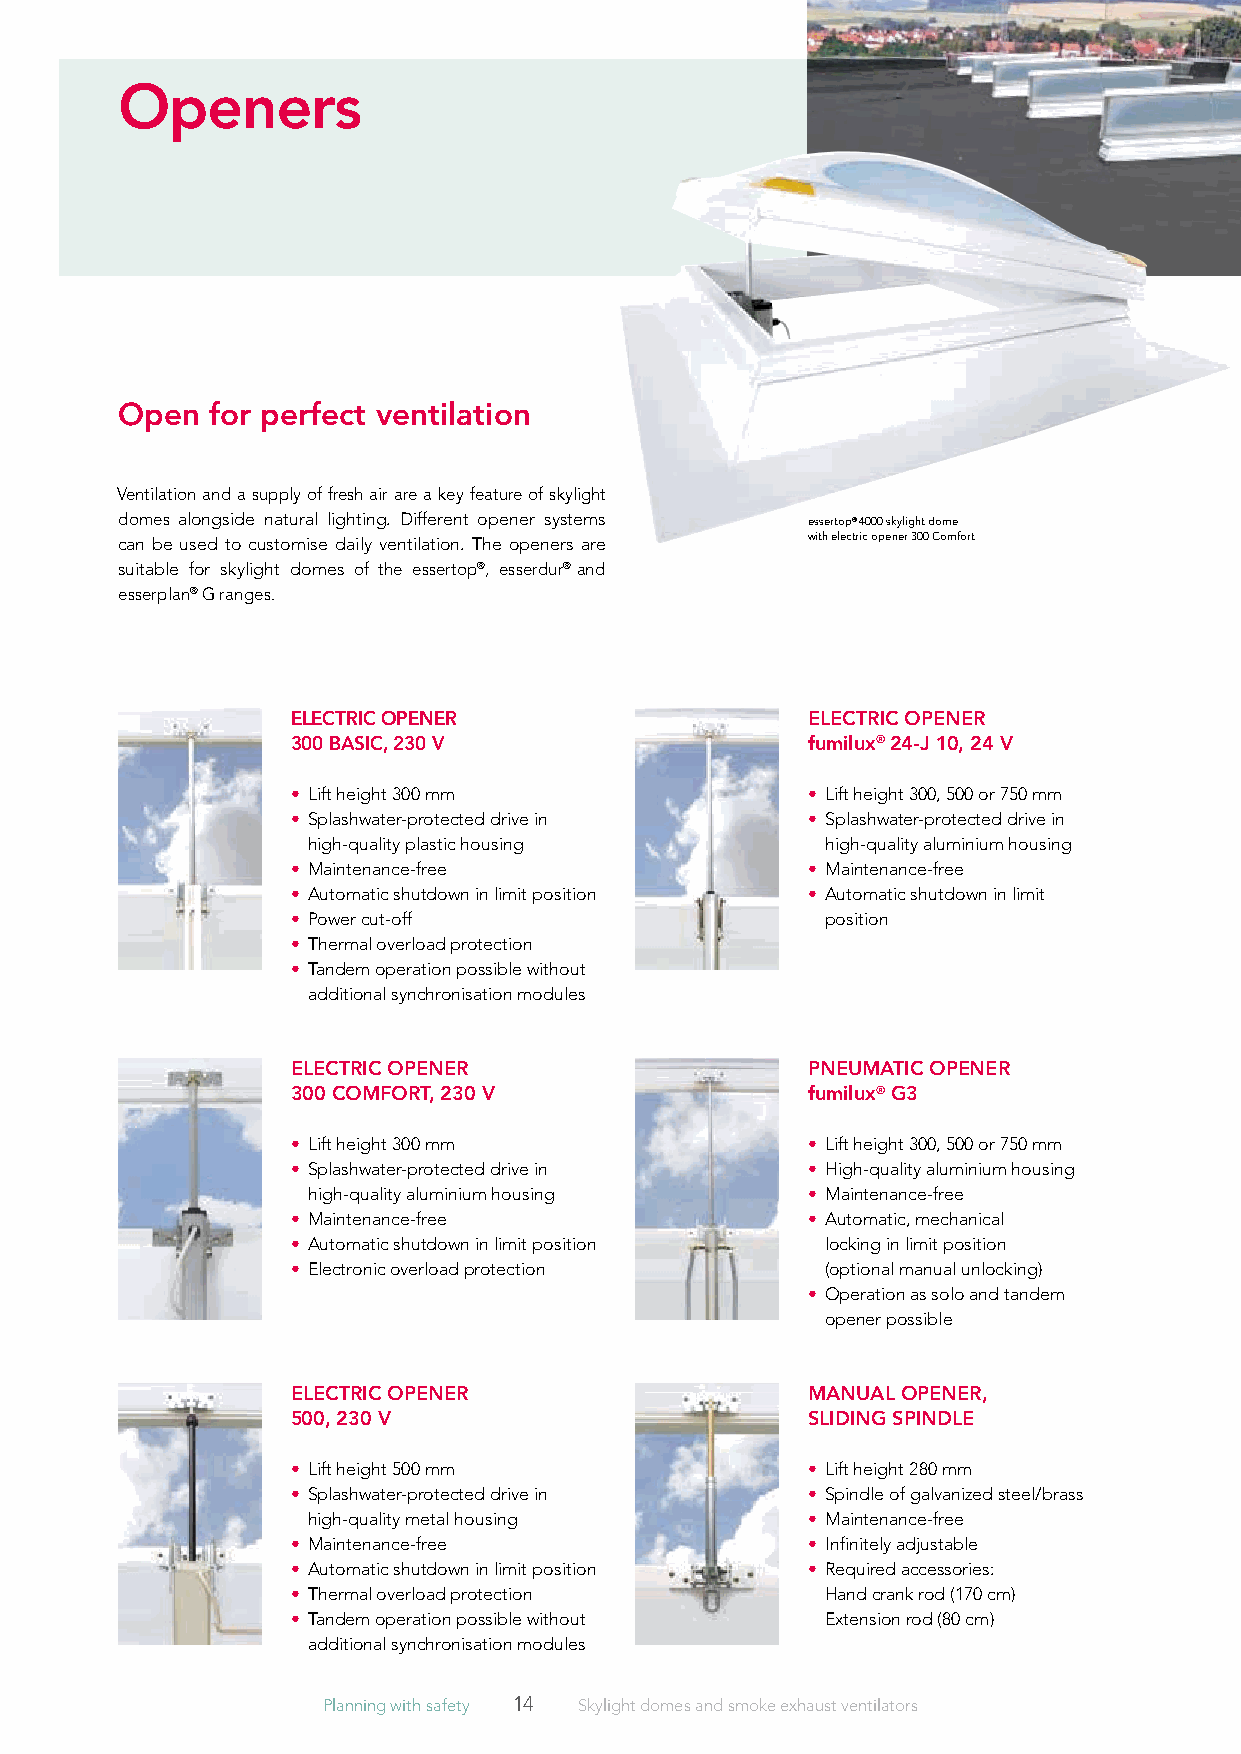
Openers
 Open  for perfect ventilation
 Ventilation and a supply of fresh air are a key feature of skylight
 domes alongside natural lighting. Different opener sys tems essertop® 4000 skylight dome
 can be used to customise daily ventilation. The openers are with electric opener 300 Comfort
 suitable for skylight domes of the essertop®, esserdur® and
 esserplan® G ranges.
 ElECTriC OpENEr                   ElECTriC OpENEr
 300 bASiC, 230 V                  fumilux® 24-J 10, 24 V
 • Lift height 300 mm              • L ift height 300, 500 or 750 mm
 • S plashwater-protected drive in • S plashwater-protected drive in
 high-quality plastic housing       high-quality aluminium housing
 • Maintenance-free                • Maintenance-free
 • A utomatic shutdown in limit position • A utomatic shutdown in limit
 • Power cut-off                     position
 • Thermal overload protection
 • T andem operation possible without
 additional synchronisation modules
 ElECTriC OpENEr                   pNEUMATiC OpENEr
 300 COMfOrT, 230 V                fumilux® G3
 • Lift height 300 mm              • Lift height 300, 500 or 750 mm
 • S plashwater-protected drive in • H igh-quality aluminium housing
 high-quality aluminium housing   • Maintenance-free
 • Maintenance-free                • Automatic, mechanical
 • A utomatic shutdown in limit position locking in limit position
 • Electronic overload protection    (optional manual unlocking)
 • O peration as solo and tandem
 opener possible
 ElECTriC OpENEr                   MANUAl OpENEr,
 500, 230 V                        SliDiNG SpiNDlE
 • Lift height 500 mm              • Lift height 280 mm
 • S plashwater-protected drive in • S pindle of galvanized steel/brass
 high-quality metal housing       • Maintenance-free
 • Maintenance-free                • Infinitely adjustable
 • A utomatic shutdown in limit position • Required accessories:
 • Thermal overload protection       Hand crank rod (170 cm)
 • T andem operation possible without Extension rod (80 cm)
 additional synchronisation modules
 Planning with safety 14 Skylight domes and smoke exhaust ventilators